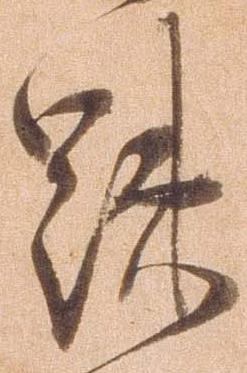
疎